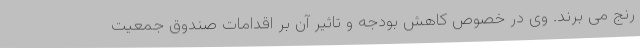
رنج می برند. وی در خصوص کاهش بودجه و تاثیر آن بر اقدامات صندوق جمعیت